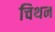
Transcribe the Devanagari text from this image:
चिथन